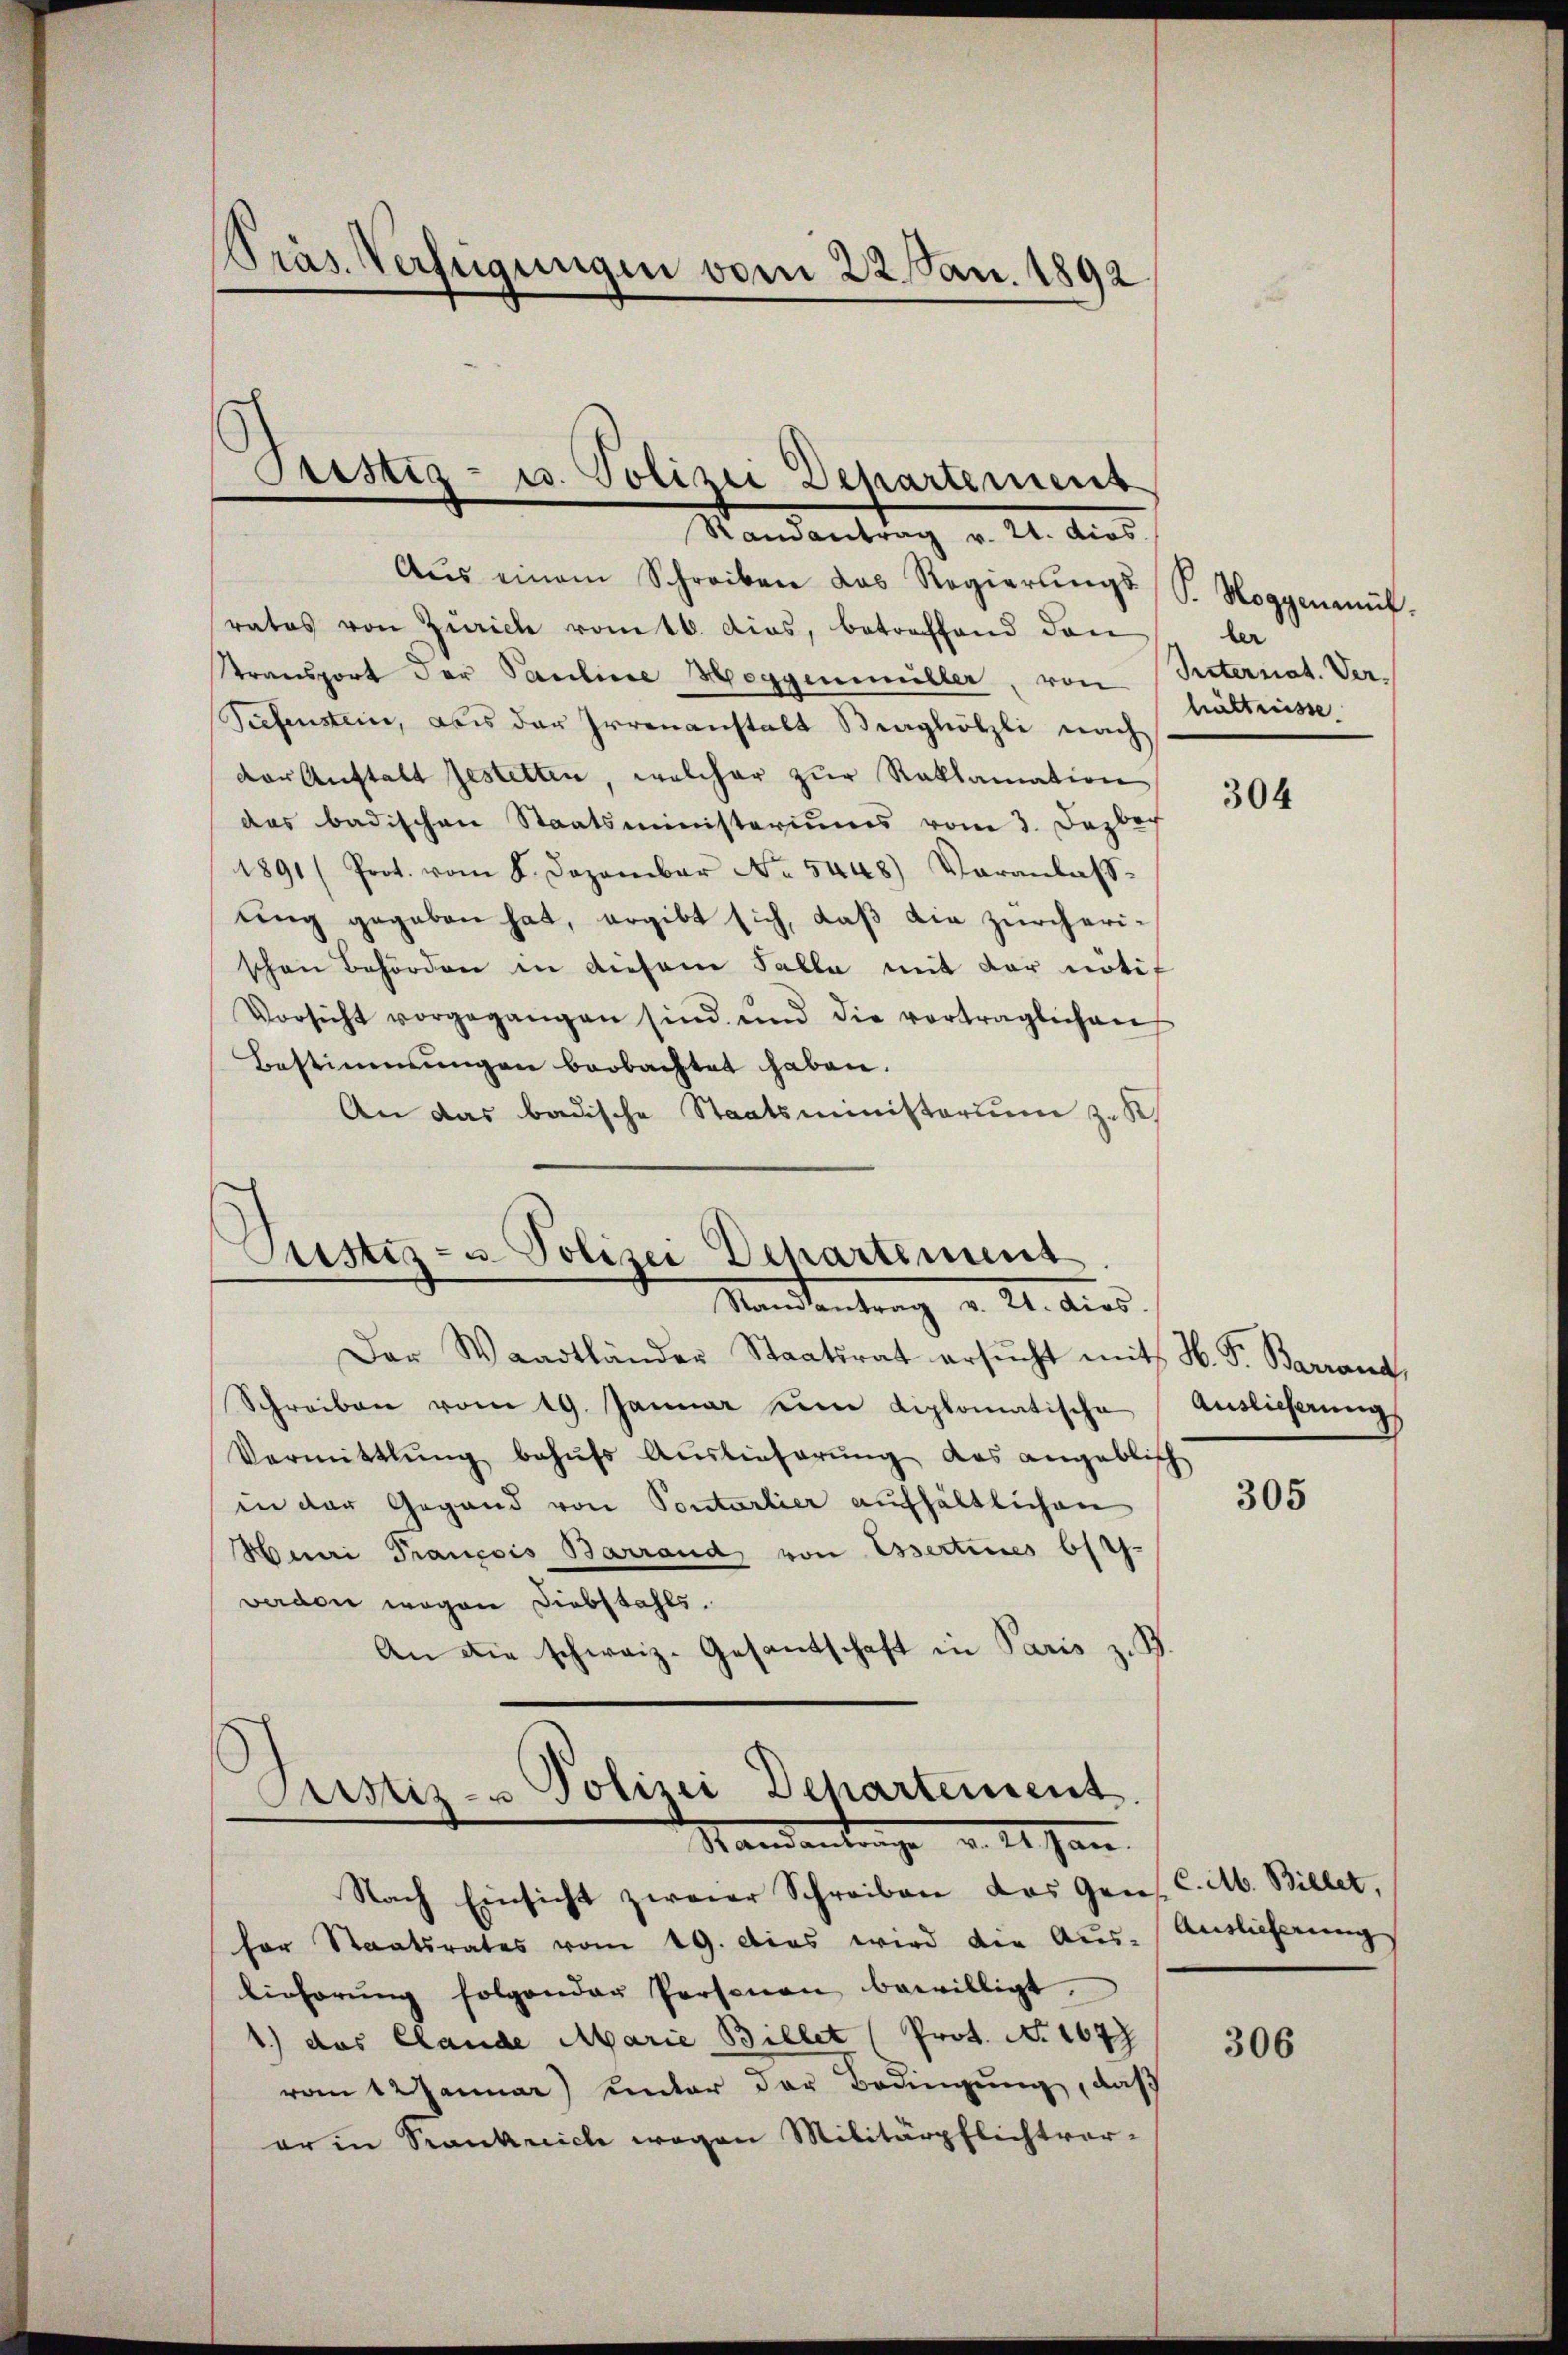
Präs. Verfügungen vom 22. Jan. 1892

Justiz- u. Polizei Departement

Randantrag v. 21. dies.
Aŭs einem Schreiben das Regierŭngs-S. Hoggenmüh
rates von Zürich vom 16. dies, betreffend den
transport der Pauline Heggenmüller, von Peternat. Ver¬
Tiefenstein, aus der Irrenanstalt Straghölzli nach
der Anstalt Jestetten, welcher zur Reklamation
das badischen Staatsministeriums vom 3. Dezbach
1891/ Prot. vom 8. Dezember No. 5448) Veranlass
ung gegeben hat, ergibt sich, daß die zürcherischen Behörden in diesem Salla mit der nötif
Vorsicht vorgegangen sind und die vorträglichen
Bestimmungen beobachtet haben.
An das badische Staatsministerium zu K

Justiz- u. Polizei Departement
Standentrag v. 21. dies

Justiz- u Polizei Departeinsent.
Mandantrage v. 2. Jan.
Nach Einsicht zweier Schreiben das Gen

Der Waadtländer Staatsrat ersŭcht mit H. P. Barrand,
Schreiben vom 19. Januar eine diplomatische
Vermittlung behŭfs Auslieferŭng das angeblich
in der Gegend von Sontarlier aufhältlichen
Huri Trançois Barrand, von Essertines 614.
verdon wegen Diebstahls.
An die schweiz. Gesandschaft in Paris z. B.

fer Staatsrates vom 19. Das wird die Aŭs-Auslieferung
licherŭng folgender Personen bewilligt.
1.) das Claude Marie Billet (Prot. N. 167
vom 12 Januar) unter der Bedingung, daß
er in Krankrich wegen Militärpflichtver-

ler
hältnisse

304

Auslieferung

305

C. M. Billet,

306